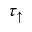
\tau _ { \uparrow }